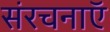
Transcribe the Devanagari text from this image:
संरचनाएॅ